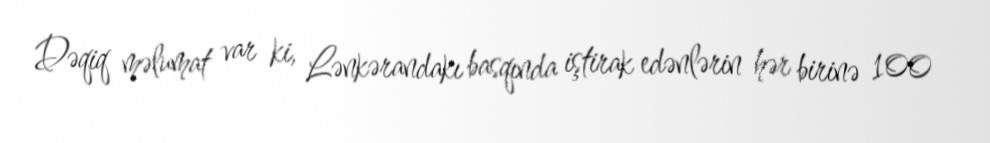
Dəqiq məlumat var ki, Lənkərandakı basqında iştirak edənlərin hər birinə 100